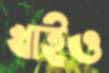
খাইও